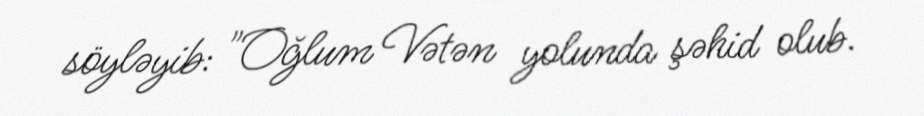
söyləyib: "Oğlum Vətən yolunda şəhid olub.